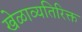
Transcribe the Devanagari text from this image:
खेळाव्यतिरिक्त